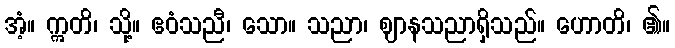
အံ့။ ဣတိ၊ သို့။ ဧဝံသညီ၊ သော။ သညာ၊ ဈာနသညာရှိသည်။ ဟောတိ၊ ၏။